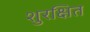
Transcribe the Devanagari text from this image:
शुरक्षित